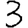
Digit: 3